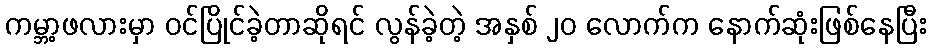
ကမ္ဘာ့ဖလားမှာ ဝင်ပြိုင်ခဲ့တာဆိုရင် လွန်ခဲ့တဲ့ အနှစ် ၂၀ လောက်က နောက်ဆုံးဖြစ်နေပြီး